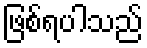
ဖြစ်ရပါသည်